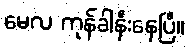
မေလ ကုန်ခါနီးနေပြီ။